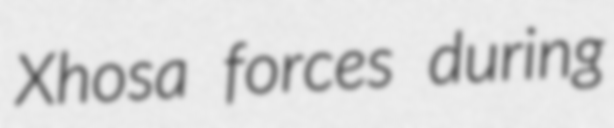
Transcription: Xhosa forces during